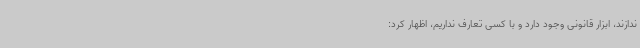
ندازند، ابزار قانونی وجود دارد و با کسی تعارف نداریم، اظهار کرد: